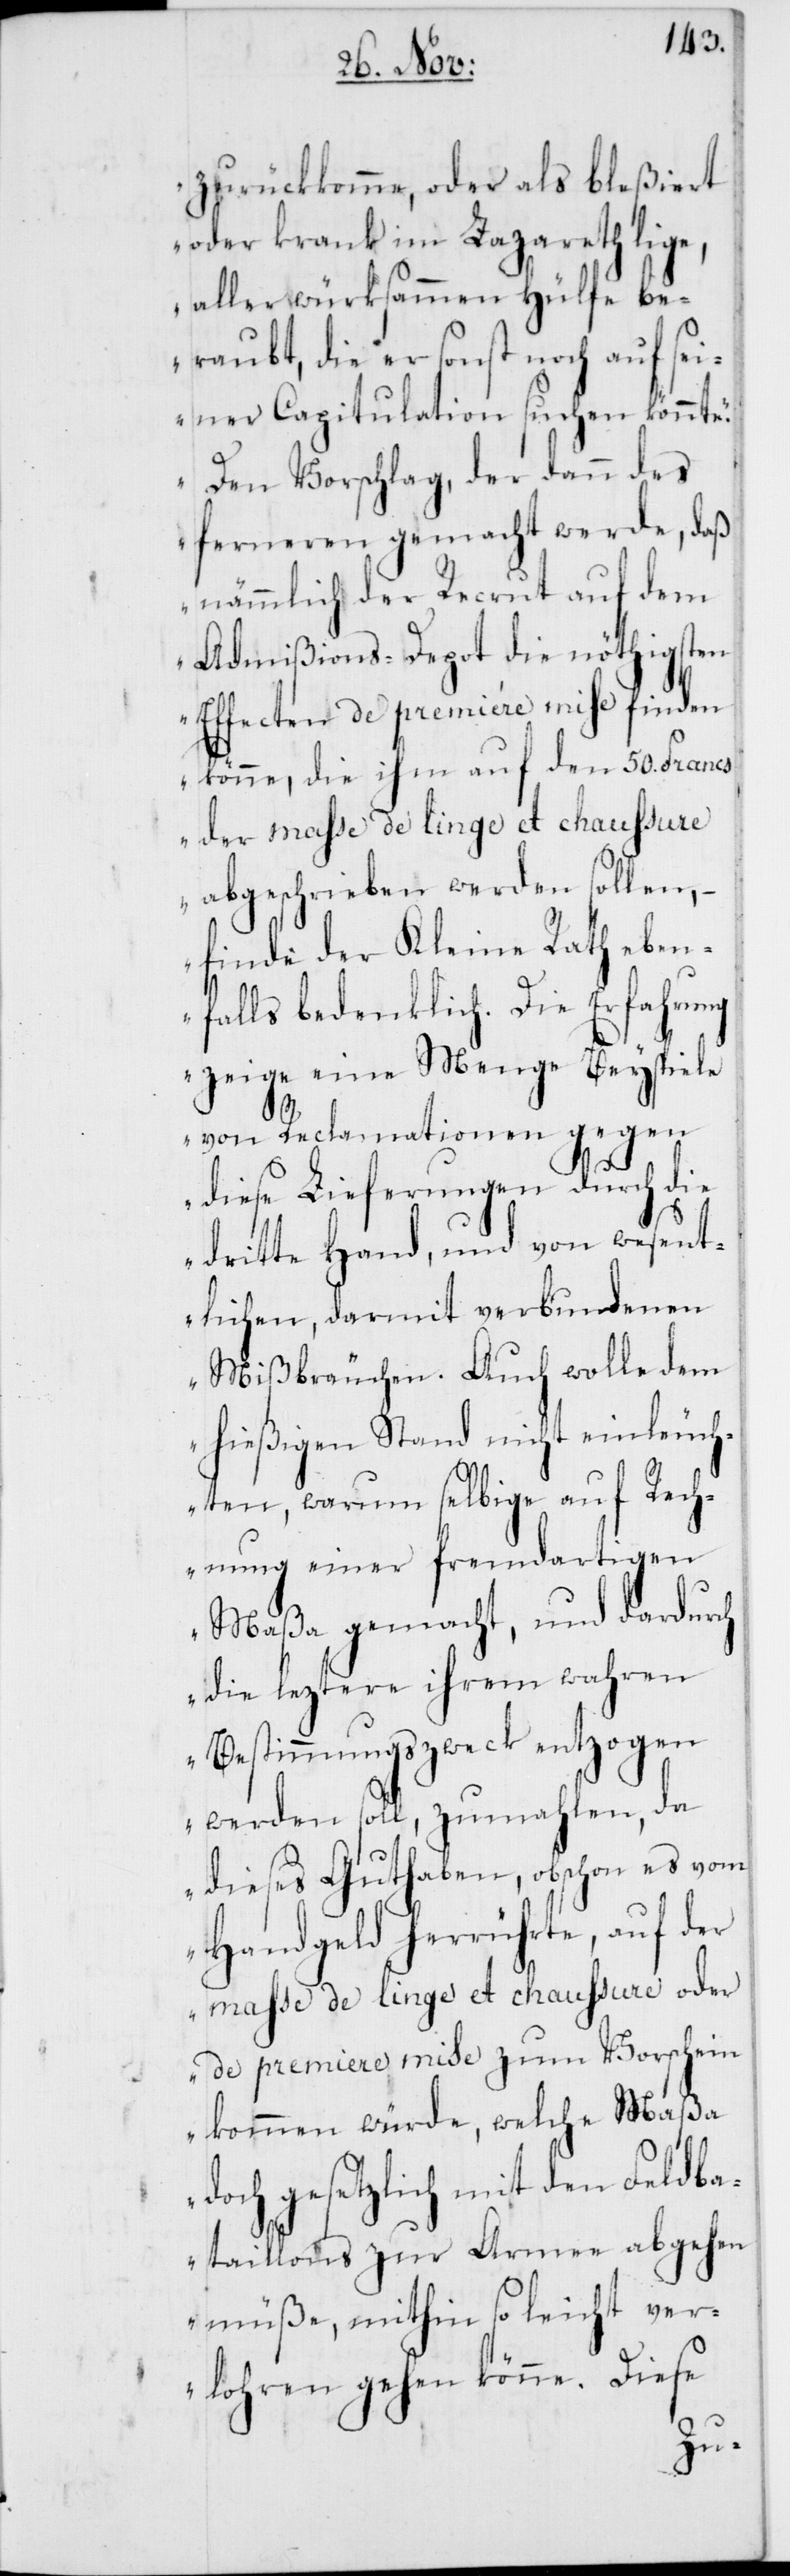
zurückkomme, oder als bleßie¬
oder krank im Lazareth lige,
aller würksammen Hülfe be¬
raubt, die er sonst noch auf se¬
iner Capitulation suchen könnt¬
„Den Vorschlag, der dann des
ferneren gemacht werde, daß
nämmlich der Recrut auf dem
Admißions-Depot die nöthigsten
Effecten de première mise finden
könne, die ihm auf den 50. Francs
der masse de linge et chaussure
abgeschrieben werden sollen,
finde der Kleine Rath e¬
falls bedenklich. Die Erfa¬
zeige eine Menge Bey¬
von Reclamationen gegen
diese Lieferungen durch
dritte Hand, und von
tlichen, darmit verbundenen
Mißbräuchen. Auch wo¬
hießigen Stand nicht einleuc¬
hten, warum selbige auf
nung einer fremdartigen
Maßa gemacht, und dardu¬
die leztere ihrem wahren
Bestimmungszweck entz¬
werden soll, zumahlen, da
dieses Guthaben, obschon es
Handgeld herrührte, auf
de premiere mise zum Vorschein
kommen würde, welche Maßa
doch gesetzlich mit den Feldba¬
taillons zur Armee abgehen
müße, mithin so leicht ver¬
lohren gehen könne. Diese
hrung

lle

ogen